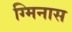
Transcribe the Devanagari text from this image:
ग्मिनास